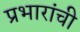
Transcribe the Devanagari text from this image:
प्रभारांची